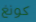
كونغ